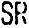
SR